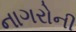
નાગરોની